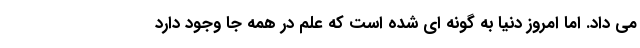
می داد. اما امروز دنیا به گونه ای شده است که علم در همه جا وجود دارد